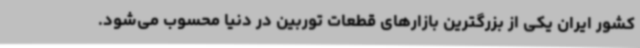
کشور ایران یکی از بزرگترین بازارهای قطعات توربین در دنیا محسوب می‌شود.